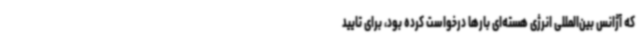
که آژانس بین‌المللی انرژی هسته‌ای بارها درخواست کرده بود، برای تایید